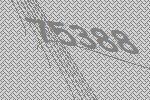
75388